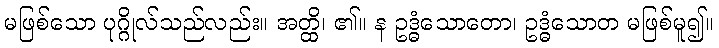
မဖြစ်သော ပုဂ္ဂိုလ်သည်လည်း။ အတ္ထိ၊ ၏။ န ဥဒ္ဓံသောတော၊ ဥဒ္ဓံသောတ မဖြစ်မူ၍။